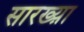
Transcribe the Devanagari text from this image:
सारख्य़ा